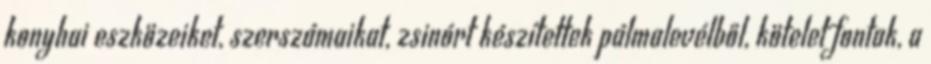
konyhai eszközeiket, szerszámaikat, zsinórt készítettek pálmalevélből, kötelet fontak, a